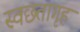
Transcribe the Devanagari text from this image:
स्वछतागृह